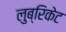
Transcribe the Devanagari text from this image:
लुब्रिकेट